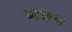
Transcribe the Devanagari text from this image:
मॅकेन